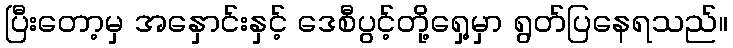
ပြီးတော့မှ အနှောင်းနှင့် ဒေစီပွင့်တို့ရှေ့မှာ ရွတ်ပြနေရသည်။